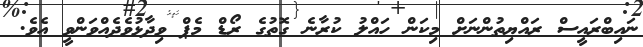
ނައިބްރައީސް ރައްޔިތުންނަށް މިކަން ހައްލު ކުރާނެ ގޮތުގެ ރޯޑް މެޕް ވިދާޅުވެދެއްވަންވީ އެވެ.